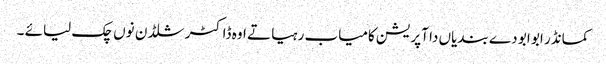
کمانڈر ابو ابو دے بندیاں دا آپریشن کامیاب رہیا تے اوہ ڈاکٹر شلڈن نوں چک لیائے ۔